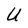
Character: U